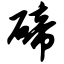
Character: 碲